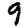
Digit: 9